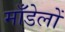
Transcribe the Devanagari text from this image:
माँडेलों